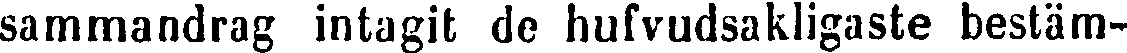
sammandrag intagit de hufvudsakligaste bestäm-